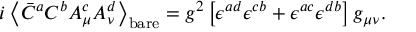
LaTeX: i \left< \bar { C } ^ { a } C ^ { b } A _ { \mu } ^ { c } A _ { \nu } ^ { d } \right> _ { \mathrm { b a r e } } = g ^ { 2 } \left[ \epsilon ^ { a d } \epsilon ^ { c b } + \epsilon ^ { a c } \epsilon ^ { d b } \right] g _ { \mu \nu } .